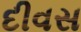
દીવસ